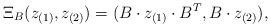
LaTeX: \begin{align*}\Xi_{B}(z_{(1)},z_{(2)})=(B \cdot z_{(1)} \cdot B^T, B \cdot z_{(2)}),\end{align*}